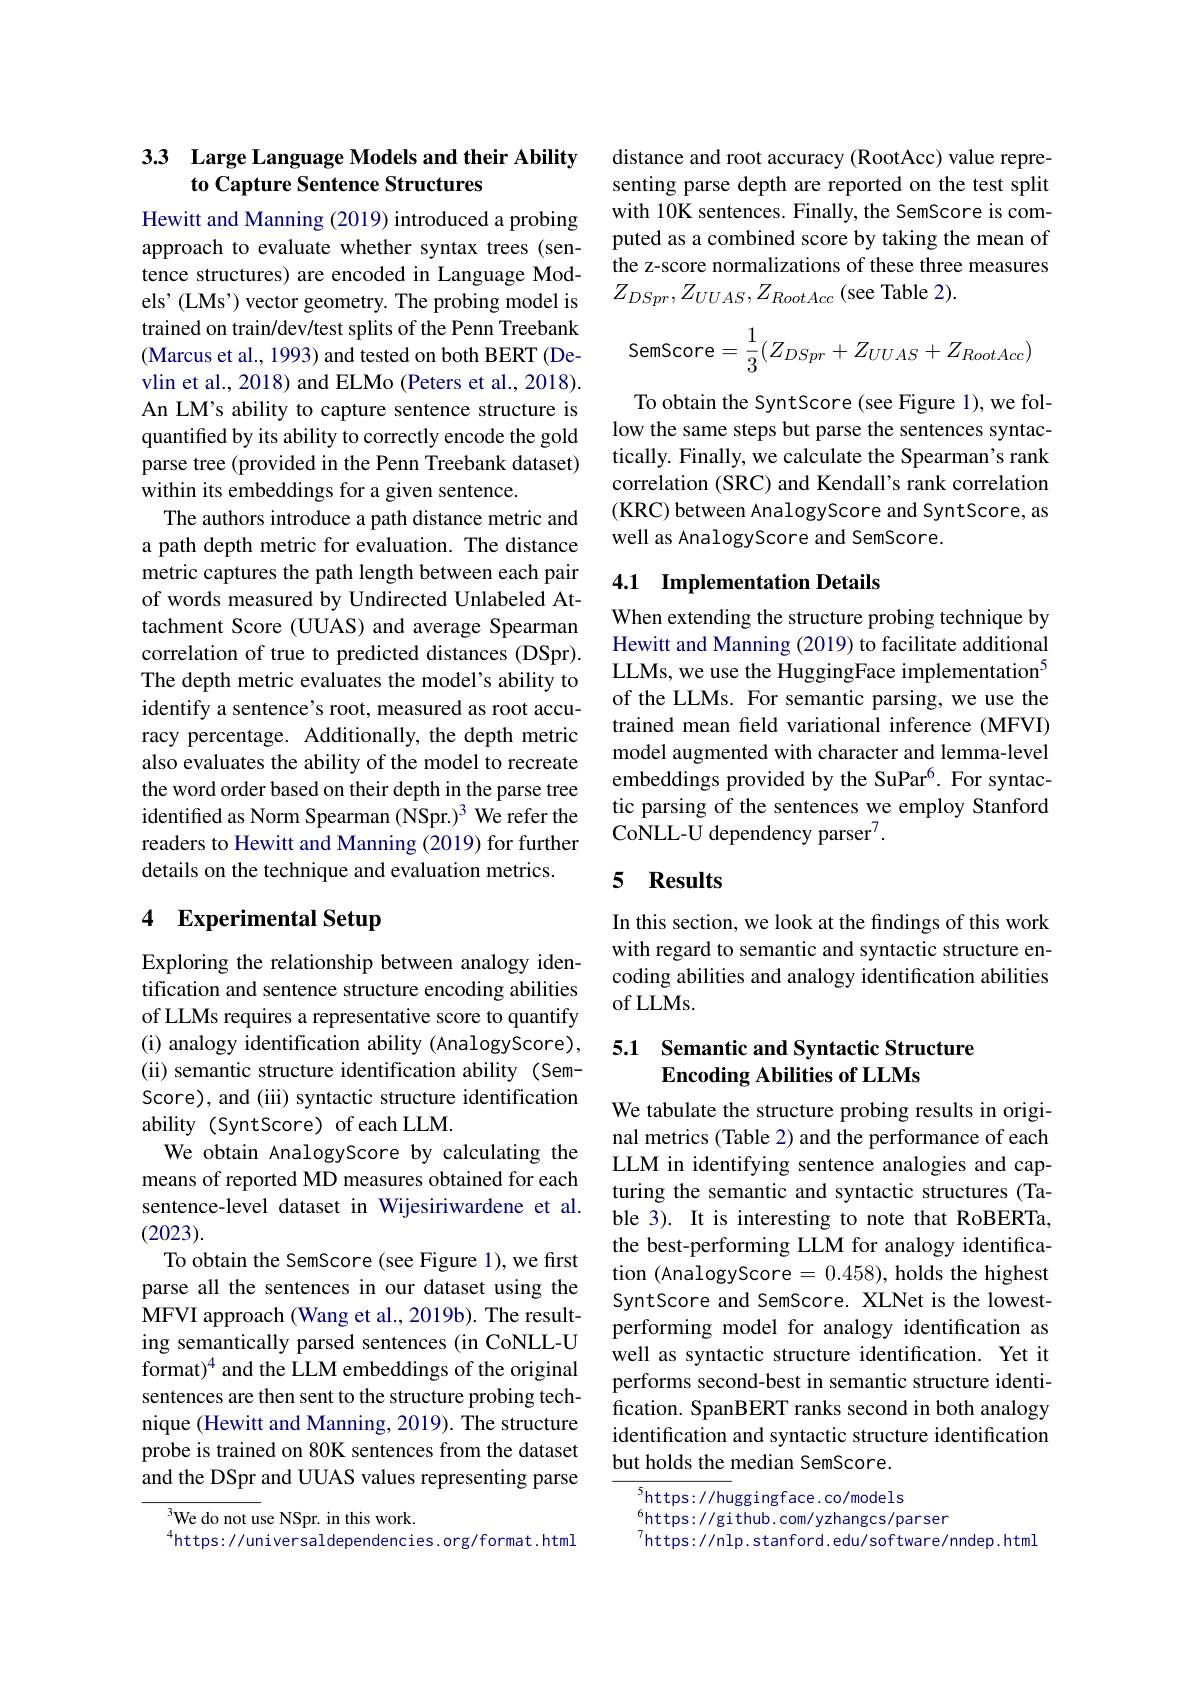
### 3.3 Large Language Models and their Ability to Capture Sentence Structures

Hewitt and Manning (2019) introduced a probing approach to evaluate whether syntax trees (sentence structures) are encoded in Language Models'(LMs') vector geometry. The probing model is trained on train/dev/test splits of the Penn Treebank (Marcus et al., 1993) and tested on both BERT (Devlin et al., 2018) and ELMo (Peters et al., 2018). An LM's ability to capture sentence structure is quantified by its ability to correctly encode the gold parse tree (provided in the Penn Treebank dataset) within its embeddings for a given sentence.
The authors introduce a path distance metric and a path depth metric for evaluation. The distance metric captures the path length between each pair of words measured by Undirected Unlabeled Attachment Score (UUAS) and average Spearman correlation of true to predicted distances (DSpr). The depth metric evaluates the model's ability to identify a sentence's root, measured as root accuracy percentage. Additionally, the depth metric also evaluates the ability of the model to recreate the word order based on their depth in the parse tree identified as Norm Spearman (NSpr.)$^3$ We refer the readers to Hewitt and Manning (2019) for further details on the technique and evaluation metrics.

# 4 Experimental Setup

Exploring the relationship between analogy identification and sentence structure encoding abilities of LLMs requires a representative score to quantify (i) analogy identification ability (AnalogyScore), (ii) semantic structure identification ability (SemScore), and (iii) syntactic structure identification ability (SyntScore) of each LLM.
We obtain AnalogyScore by calculating the means of reported MD measures obtained for each sentence-level dataset in Wijesiriwardene et al. (2023).
To obtain the SemScore (see Figure 1), we first parse all the sentences in our dataset using the MFVI approach (Wang et al., 2019b). The resulting semantically parsed sentences (in CoNLL-U format)$^{4}$ and the LLM embeddings of the original sentences are then sent to the structure probing technique (Hewitt and Manning, 2019). The structure probe is trained on 80K sentences from the dataset and the DSpr and UUAS values representing parse

$^{3}$We do not use NSpr. in this work.
$^{4}$https://universaldependencies.org/format.html

distance and root accuracy (RootAcc) value representing parse depth are reported on the test split with 10K sentences. Finally, the SemScore is computed as a combined score by taking the mean of the z-score normalizations of these three measures $Z_{DSpr},Z_{UUAS},Z_{RootAcc}$(see Table 2).
SemScore$=\frac13(Z_{DSpr}+Z_{UUAS}+Z_{RootAcc})$

To obtain the SyntScore (see Figure 1), we follow the same steps but parse the sentences syntactically. Finally, we calculate the Spearman's rank correlation (SRC) and Kendall's rank correlation (KRC) between AnalogyScore and SyntScore, as well as AnalogyScore and SemScore.

### 4.1 Implementation Details

When extending the structure probing technique by Hewitt and Manning (2019) to facilitate additional LLMs, we use the HuggingFace implementation$^{5}$ of the LLMs. For semantic parsing, we use the trained mean field variational inference (MFVI) model augmented with character and lemma-level embeddings provided by the SuPar$^{6}.$ For syntactic parsing of the sentences we employ Stanford CoNLL-U dependency parser$^7.$

# 5 Results

In this section, we look at the findings of this work with regard to semantic and syntactic structure encoding abilities and analogy identification abilities of LLMs.

# 5.1 Semantic and Syntactic Structure Encoding Abilities of LLMs

We tabulate the structure probing results in original metrics (Table 2) and the performance of each LLM in identifying sentence analogies and capturing the semantic and syntactic structures (Table 3). It is interesting to note that RoBERTa, the best-performing LLM for analogy identification (AnalogyScore =0.458), holds the highest SyntScore and SemScore. XLNet is the lowestperforming model for analogy identification as well as syntactic structure identification. Yet it performs second-best in semantic structure identification. SpanBERT ranks second in both analogy identification and syntactic structure identification but holds the median SemScore.

${^5\mathrm{https://hu}}$ggingface.co/models
$^{6}$https://github.com/yzhangcs/parser
$^{7}$https://nlp. stanford. edu/ software/ nndep. html